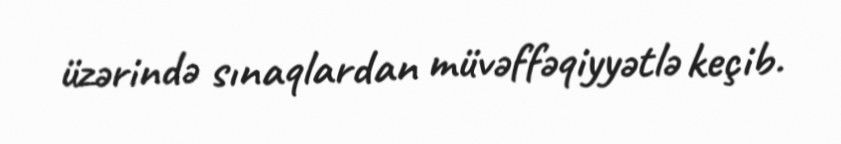
üzərində sınaqlardan müvəffəqiyyətlə keçib.